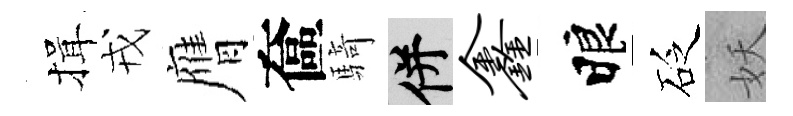
揖戎膺奩騎并鑫睱砭妖